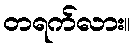
တရက်လား။